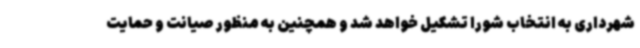
شهرداری به انتخاب شورا تشکیل خواهد شد و همچنین به منظور صیانت و حمایت